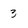
Character: 3